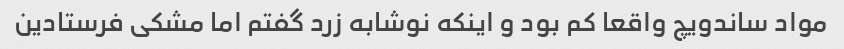
مواد ساندویچ واقعا کم بود و اینکه نوشابه زرد گفتم اما مشکی فرستادین